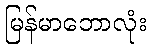
မြန်မာဘောလုံး